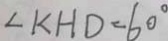
\angle K H D = 6 0 ^ { \circ }